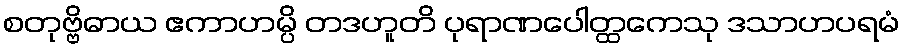
စတုဗ္ဗိဓာယ ဧကာဟမ္ပိ တဒဟူတိ ပုရာဏပေါတ္ထကေသု ဒသာဟပရမံ